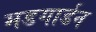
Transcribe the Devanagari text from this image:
मडगार्डन